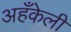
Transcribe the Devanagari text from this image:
अहँकेली